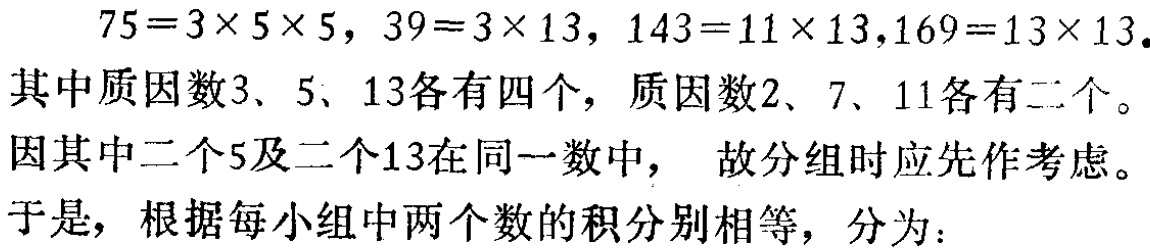
\(75 = 3\times5\times5\)，\(39 = 3\times13\)，\(143 = 11\times13\)，\(169 = 13\times13\)。

其中质因数\(3\)、\(5\)、\(13\)各有四个，质因数\(2\)、\(7\)、\(11\)各有二个。

因其中二个\(5\)及二个\(13\)在同一数中， 故分组时应先作考虑。

于是，根据每小组中两个数的积分别相等，分为：